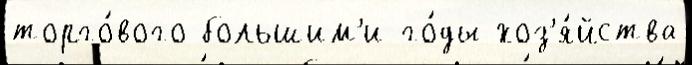
торго́вого большим'и го́ды хоз'я́йства